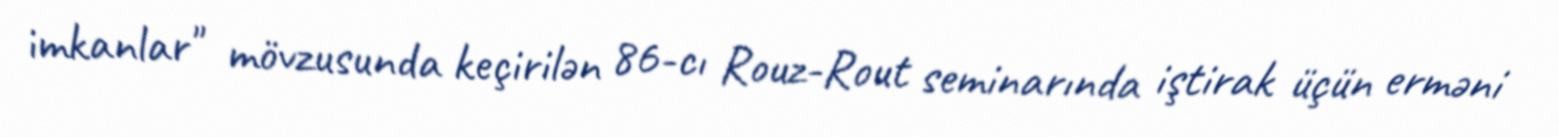
imkanlar" mövzusunda keçirilən 86-cı Rouz-Rout seminarında iştirak üçün erməni